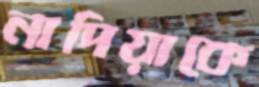
নাদিয়াকে